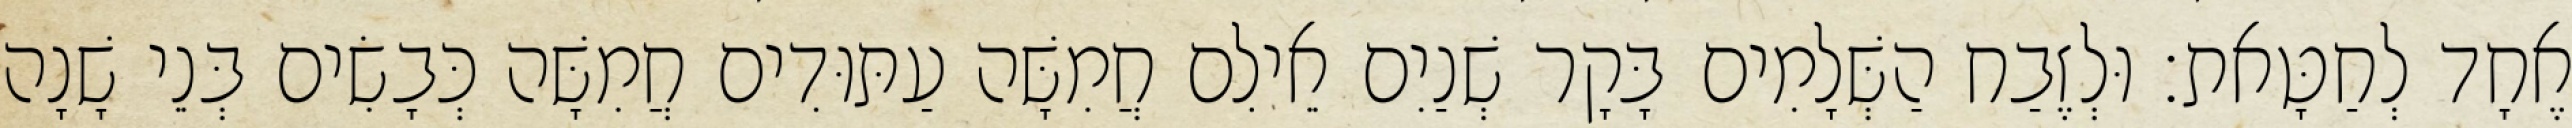
אֶחָד לְחַטָּאת׃ וּלְזֶבַח הַשְּׁלָמִים בָּקָר שְׁנַיִם אֵילִם חֲמִשָּׁה עַתּוּדִים חֲמִשָּׁה כְּבָשִׂים בְּנֵי שָׁנָה